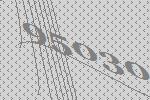
95030